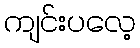
ကျင်းပလေ့